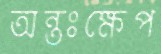
অন্তঃক্ষেপ